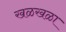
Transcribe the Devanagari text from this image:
खळखळा